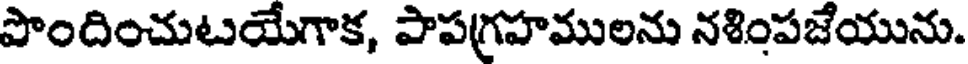
పొందించుటయేగాక, పాపగ్రహములను నశింపజేయును.